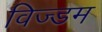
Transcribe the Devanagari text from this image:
विज्डम